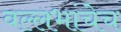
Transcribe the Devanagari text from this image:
वल्लभांचेच